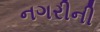
નગરીની